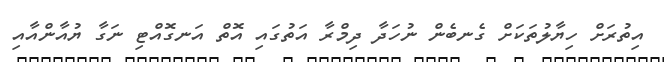
އިިތުރަށް ހިޔާލުތަކަށް ގެނބެން ނުހަދާ ދިމްރާ އަތުގައި އޮތް އަނގޮއްޓި ނަގާ ޔުއާންއާއި